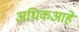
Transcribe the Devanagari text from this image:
अधिकआहे